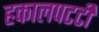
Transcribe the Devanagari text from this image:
हकालपटटी